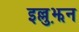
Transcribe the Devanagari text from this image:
इल्लुझ़न